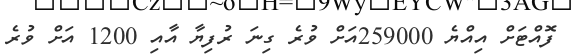
ފޮއްޓަށް އިއްޔެ 259000އަށް ވުރެ ގިނަ ރުފިޔާ އާއި 1200 އަށް ވުރެ